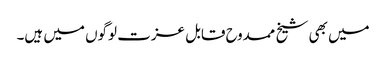
میں بھی شیخ ممدوح قابل عزت لوگوں میں ہیں۔